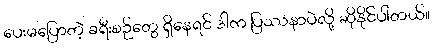
ပေးမပြောတဲ့ ခရီးစဉ်တွေ ရှိနေရင် ဒါက ပြဿနာပဲလို့ ဆိုနိုင်ပါတယ်။